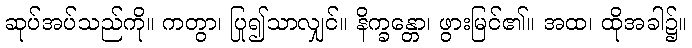
ဆုပ်အပ်သည်ကို။ ကတွာ၊ ပြု၍သာလျှင်။ နိက္ခန္တော၊ ဖွားမြင်၏။ အထ၊ ထိုအခါ၌။